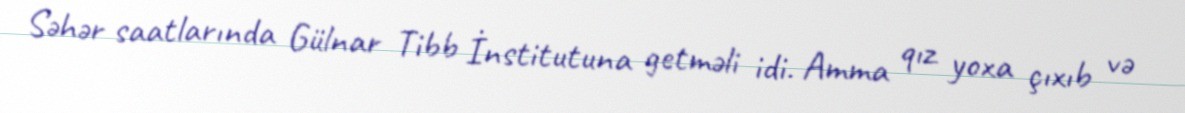
Səhər saatlarında Gülnar Tibb İnstitutuna getməli idi. Amma qız yoxa çıxıb və